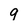
Character: 9